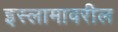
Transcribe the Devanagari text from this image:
इस्लामावरील